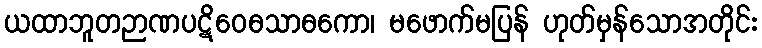
ယထာဘူတဉာဏပဋိဝေဓသာဓကော၊ မဖောက်မပြန် ဟုတ်မှန်သောအတိုင်း